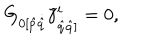
G _ { { 0 } [ \hat { p } { \dot { \hat { q } } } } \tilde { \gamma } _ { \dot { \hat { q } } { \hat { q } ] } } ^ { i } = 0 ,